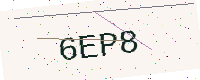
Text: 6EP8